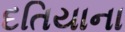
દતિયાના